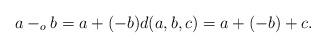
LaTeX: \begin{align*} a -_o b = a + (-b) d (a,b,c) = a + (-b) + c. \end{align*}